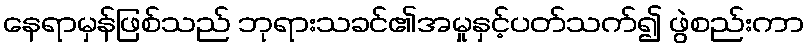
နေရာမှန်ဖြစ်သည် ဘုရားသခင်၏အမှုနှင့်ပတ်သက်၍ ဖွဲစည်းကာ